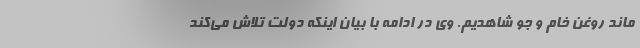
ماند روغن خام و جو شاهدیم. وی در ادامه با بیان اینکه دولت تلاش می‌کند